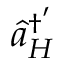
\hat { a } _ { H } ^ { \dag ^ { \prime } }